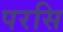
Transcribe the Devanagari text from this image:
परसि